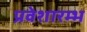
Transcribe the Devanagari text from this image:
प्रवेशारम्भ